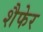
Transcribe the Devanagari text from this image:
शैफेर